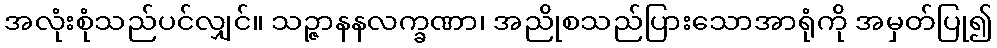
အလုံးစုံသည်ပင်လျှင်။ သဉ္ဇာနနလက္ခဏာ၊ အညိုစသည်ပြားသောအာရုံကို အမှတ်ပြု၍